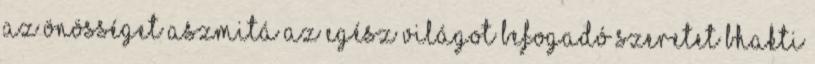
az önösséget aszmitá az egész világot befogadó szeretet bhakti